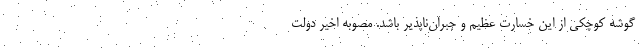
گوشه کوچکی از این خسارت عظیم و جبران‌ناپذیر باشد. مصوبه اخیر دولت